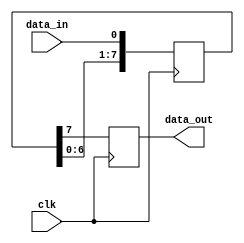
module siso_shift_register(
    input clk,
    input data_in,
    output reg data_out
);

reg [7:0] shift_reg; // 8-bit shift register

always @(posedge clk) begin
    shift_reg <= {shift_reg[6:0], data_in}; // Shift data in
    data_out <= shift_reg[7]; // Output last bit
end

endmodule